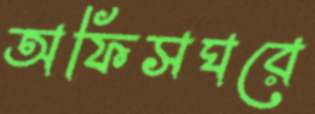
অফিসঘরে